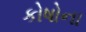
કોષોના